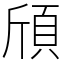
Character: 頎